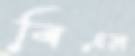
বিএম